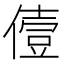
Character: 𠍼